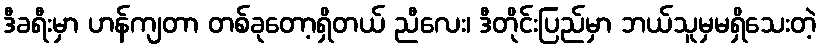
ဒီခရီးမှာ ဟန်ကျတာ တစ်ခုတော့ရှိတယ် ညီလေး၊ ဒီတိုင်းပြည်မှာ ဘယ်သူမှမရှိသေးတဲ့